65_HS1-834228961_62-HQ-83894_Section_3
Agency: FBI
Page 95
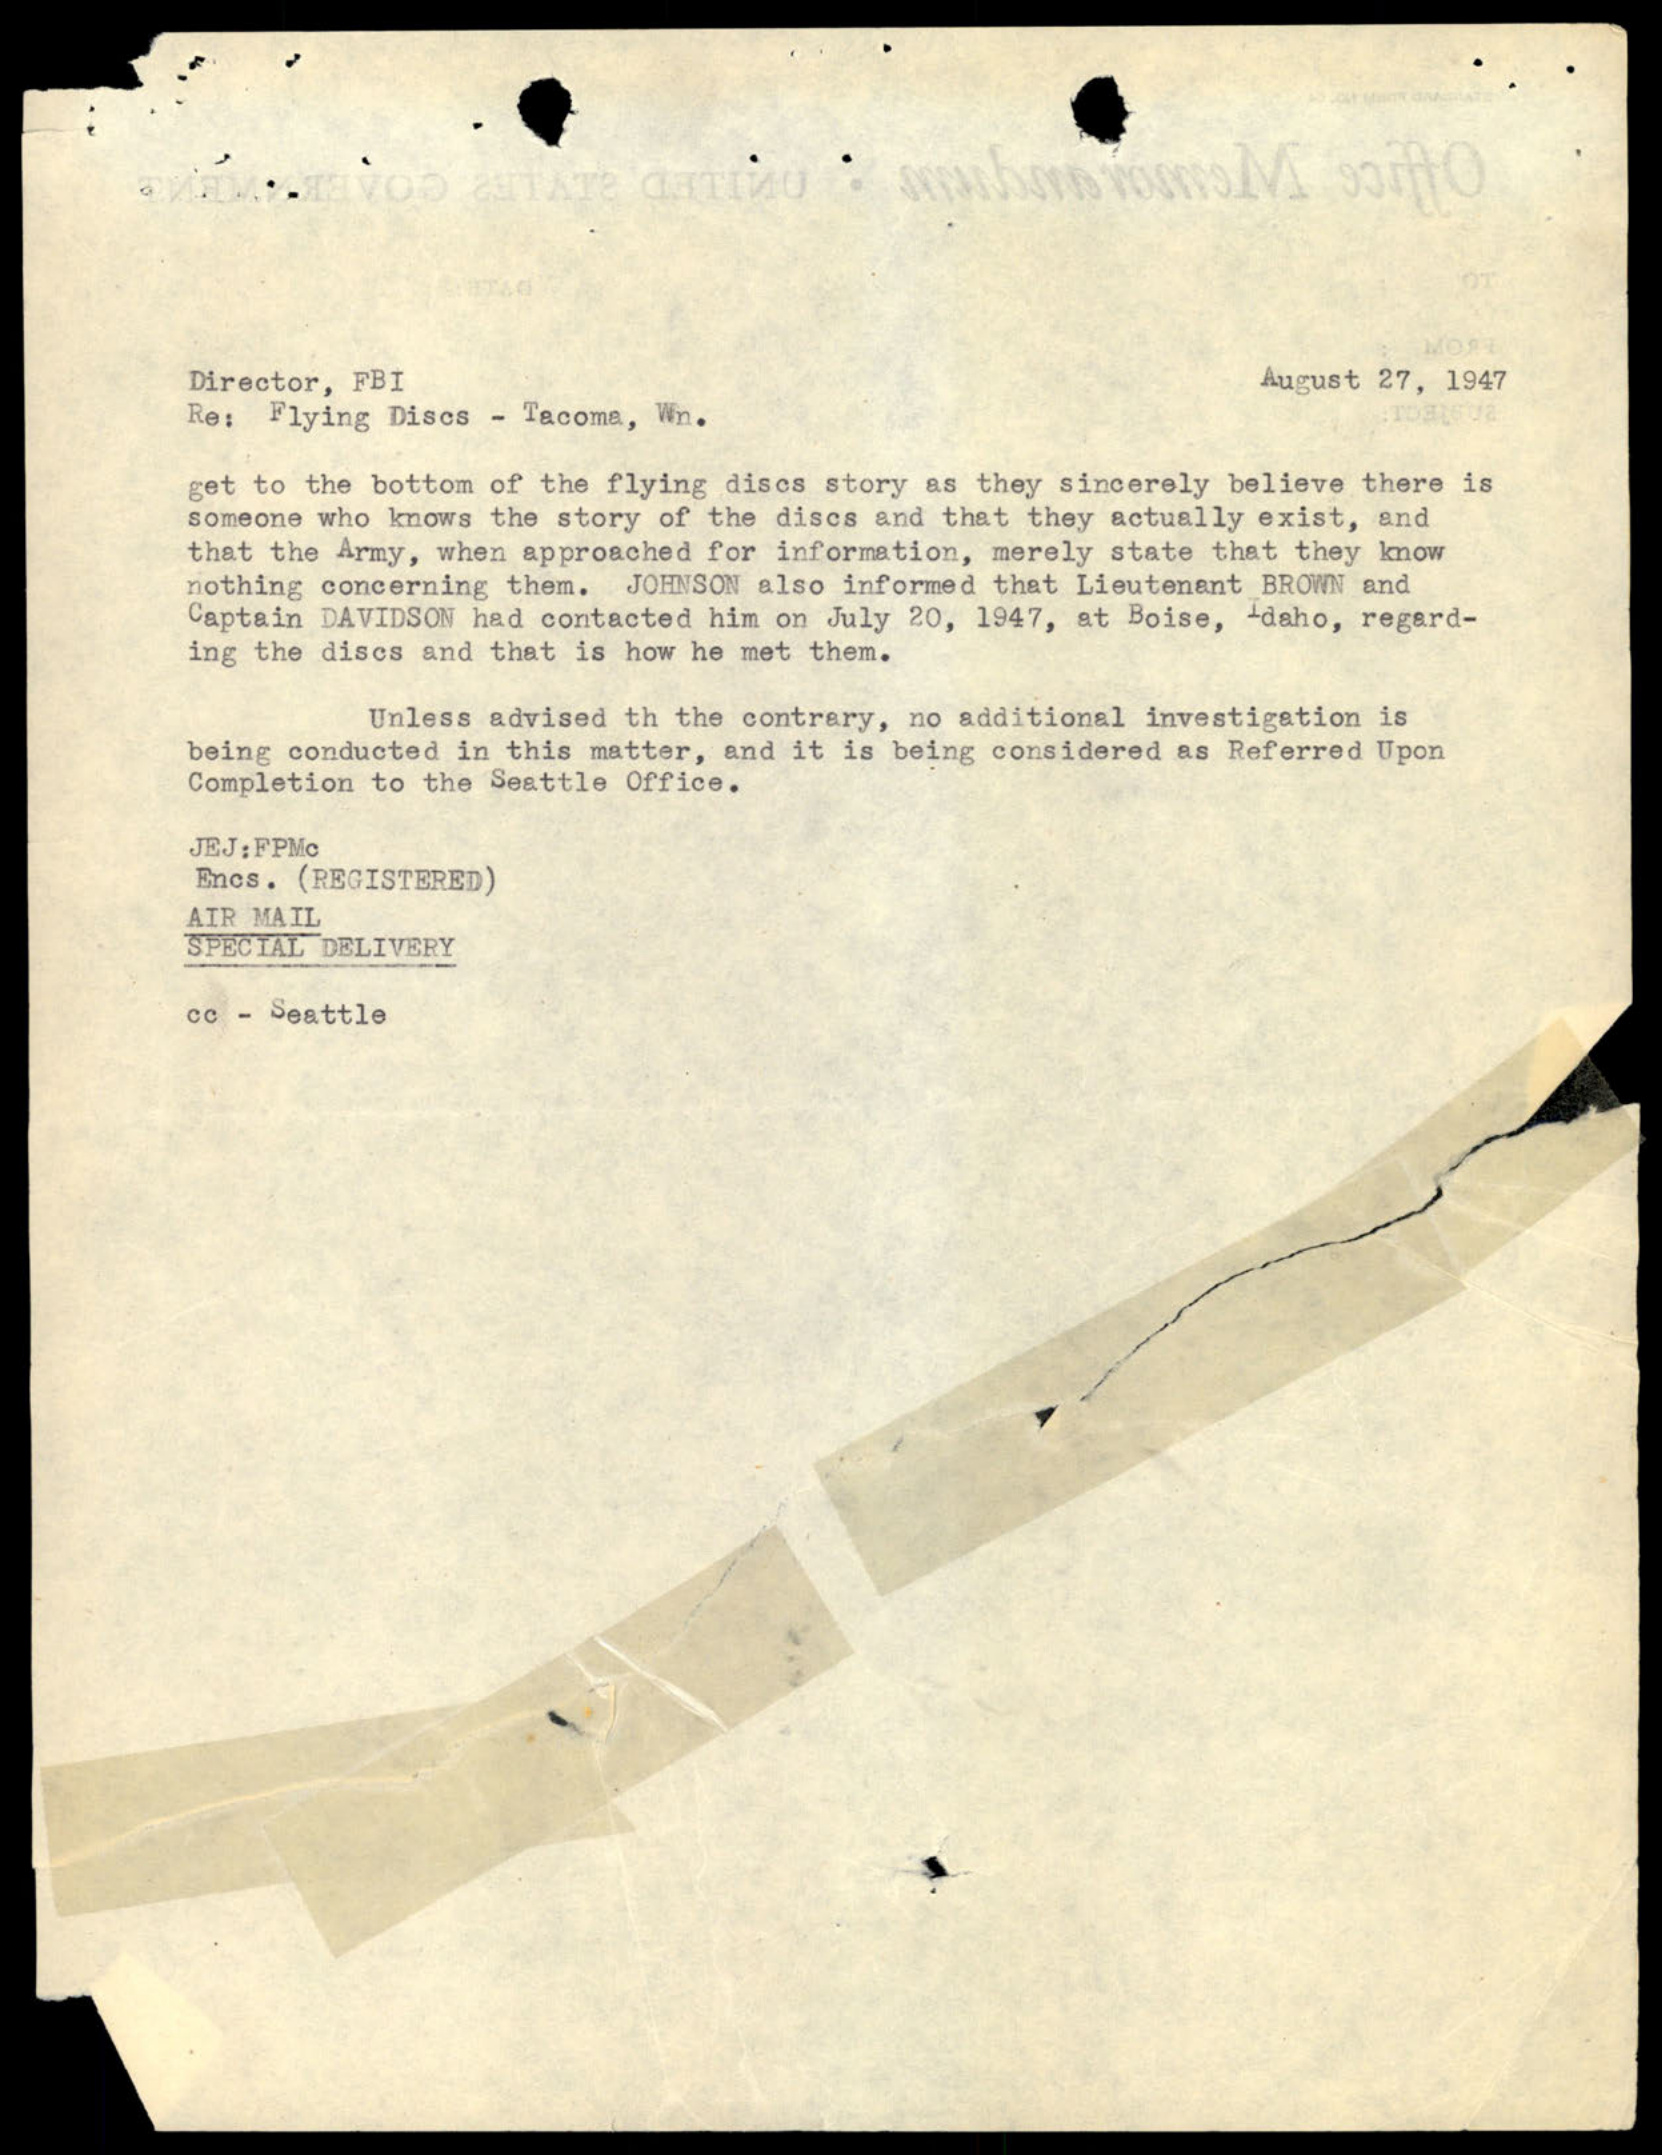